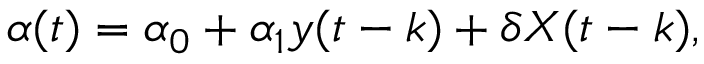
\alpha ( t ) = \alpha _ { 0 } + \alpha _ { 1 } y ( t - k ) + \delta X ( t - k ) ,